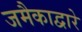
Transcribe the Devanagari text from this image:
जमैकाद्वारे